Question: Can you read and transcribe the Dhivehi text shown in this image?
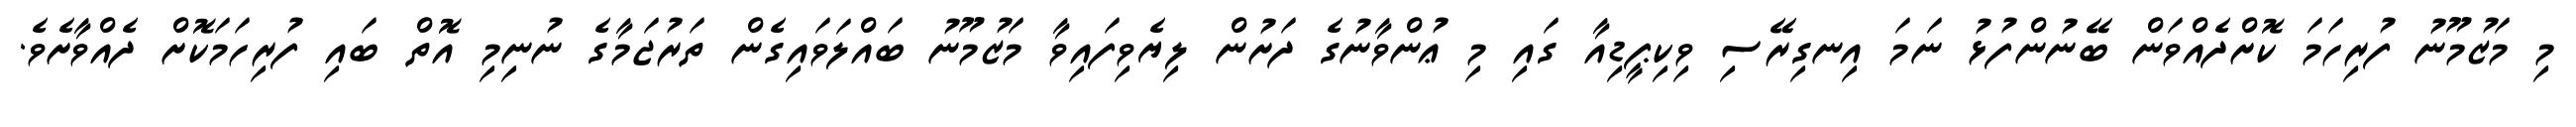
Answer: މި މަޒުމޫނު ފުރިހަމަ ކޮށްދެއްވަން ބޭނުންފުޅު ނަމަ އިނގިރޭސި ވިކިޕީޑިއާ ގައި މި ޢުންވާނުގެ ދަށުން ލިޔެވިފައިވާ މަޒުމޫނު ބައްލަވައިގެން ތަރުޖަމާގެ ނުނިމި އޮތް ބައި ފުރިހަމަކޮށް ދެއްވާށެވެ.